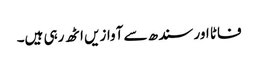
فاٹا اور سندھ سے آوازیں اٹھ رہی ہیں۔